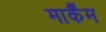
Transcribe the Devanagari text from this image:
मार्कैंम